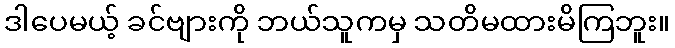
ဒါပေမယ့် ခင်ဗျားကို ဘယ်သူကမှ သတိမထားမိကြဘူး။